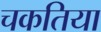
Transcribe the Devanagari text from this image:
चकतिया